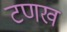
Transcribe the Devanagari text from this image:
टणख